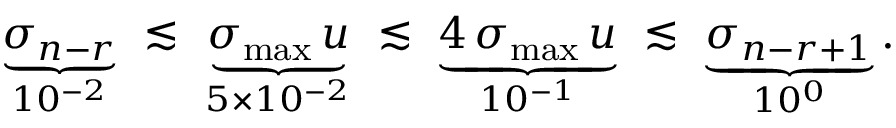
\begin{array} { r } { \underbrace { \sigma _ { n - r } } _ { 1 0 ^ { - 2 } } \ \lesssim \ \underbrace { \sigma _ { \operatorname* { m a x } } \, u } _ { 5 \times 1 0 ^ { - 2 } } \ \lesssim \ \underbrace { 4 \, \sigma _ { \operatorname* { m a x } } \, u } _ { 1 0 ^ { - 1 } } \ \lesssim \ \underbrace { \sigma _ { n - r + 1 } } _ { 1 0 ^ { 0 } } . } \end{array}